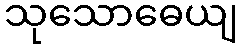
သုသောဓေယျ